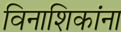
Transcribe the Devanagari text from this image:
विनाशिकांना